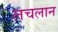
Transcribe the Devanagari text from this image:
लचलान